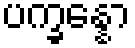
ပက္ခန္နော